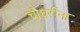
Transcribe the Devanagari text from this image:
चौधरींना